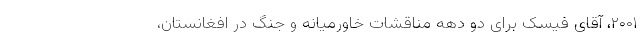
۲۰۰۱، آقای فیسک برای دو دهه مناقشات خاورمیانه و جنگ در افغانستان،